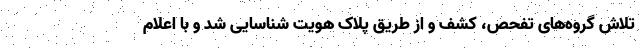
تلاش گروه‌های تفحص، کشف و از طریق پلاک هویت شناسایی شد و با اعلام